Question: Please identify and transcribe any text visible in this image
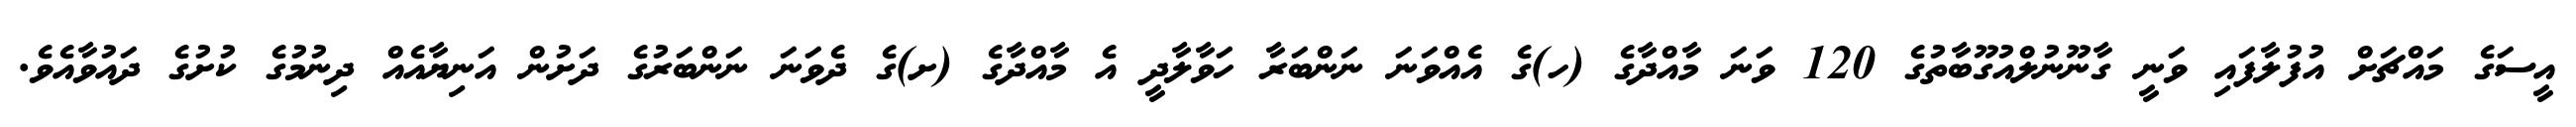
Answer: އީސަގެ މައްޗަށް އުފުލާފައި ވަނީ ގާނޫނުލްއުގޫބާތުގެ 120 ވަނަ މާއްދާގެ (ހ)ގެ އެއްވަނަ ނަންބަރާ ހަވާލާދީ އެ މާއްދާގެ (ށ)ގެ ދެވަނަ ނަންބަރުގެ ދަށުން އަނިޔާއެއް ދިނުމުގެ ކުށުގެ ދައުވާއެވެ.